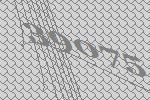
39075